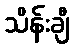
သိန်းချီ